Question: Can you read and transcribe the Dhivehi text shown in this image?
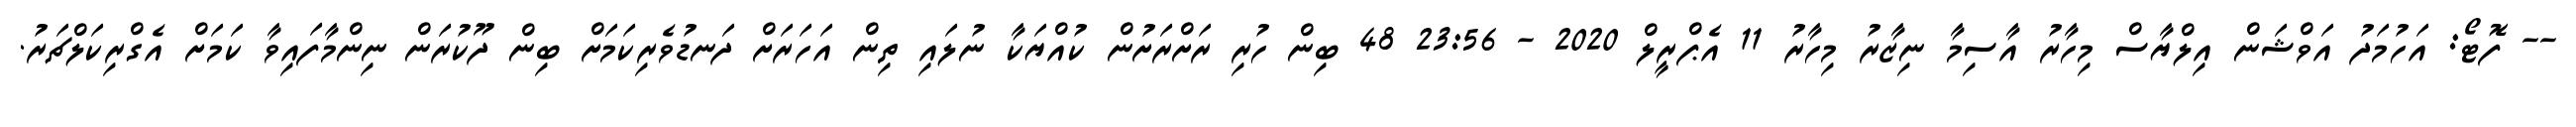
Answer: -- ފޮޓޯ: އަހުމަދު އަވްޝަން އިލްޔާސް މިހާރު އާސިމާ ނިޒާރު މިހާރު 11 އެޕްރީލް 2020 - 23:56 48 ބިން ހުރި ރަށްރަށުން ކުއްޔަކާ ނުލައި ތިން އަހަރަށް ދަނޑުވެރިކަމަށް ބިން ދޫކުރަން ނިންމާފައިވާ ކަމަށް އެގްރިކަލްޗަރު.